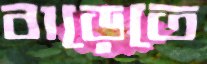
বাড়েতে